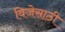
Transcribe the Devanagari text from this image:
विजेसाठी